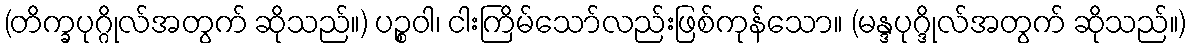
(တိက္ခပုဂ္ဂိုလ်အတွက် ဆိုသည်။) ပဉ္စဝါ၊ ငါးကြိမ်သော်လည်းဖြစ်ကုန်သော။ (မန္ဒပုဂ္ဒိုလ်အတွက် ဆိုသည်။)